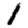
Digit: 1